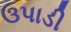
ઉપાડી